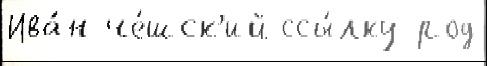
Ива́н че́шск'ий ссы́лку род